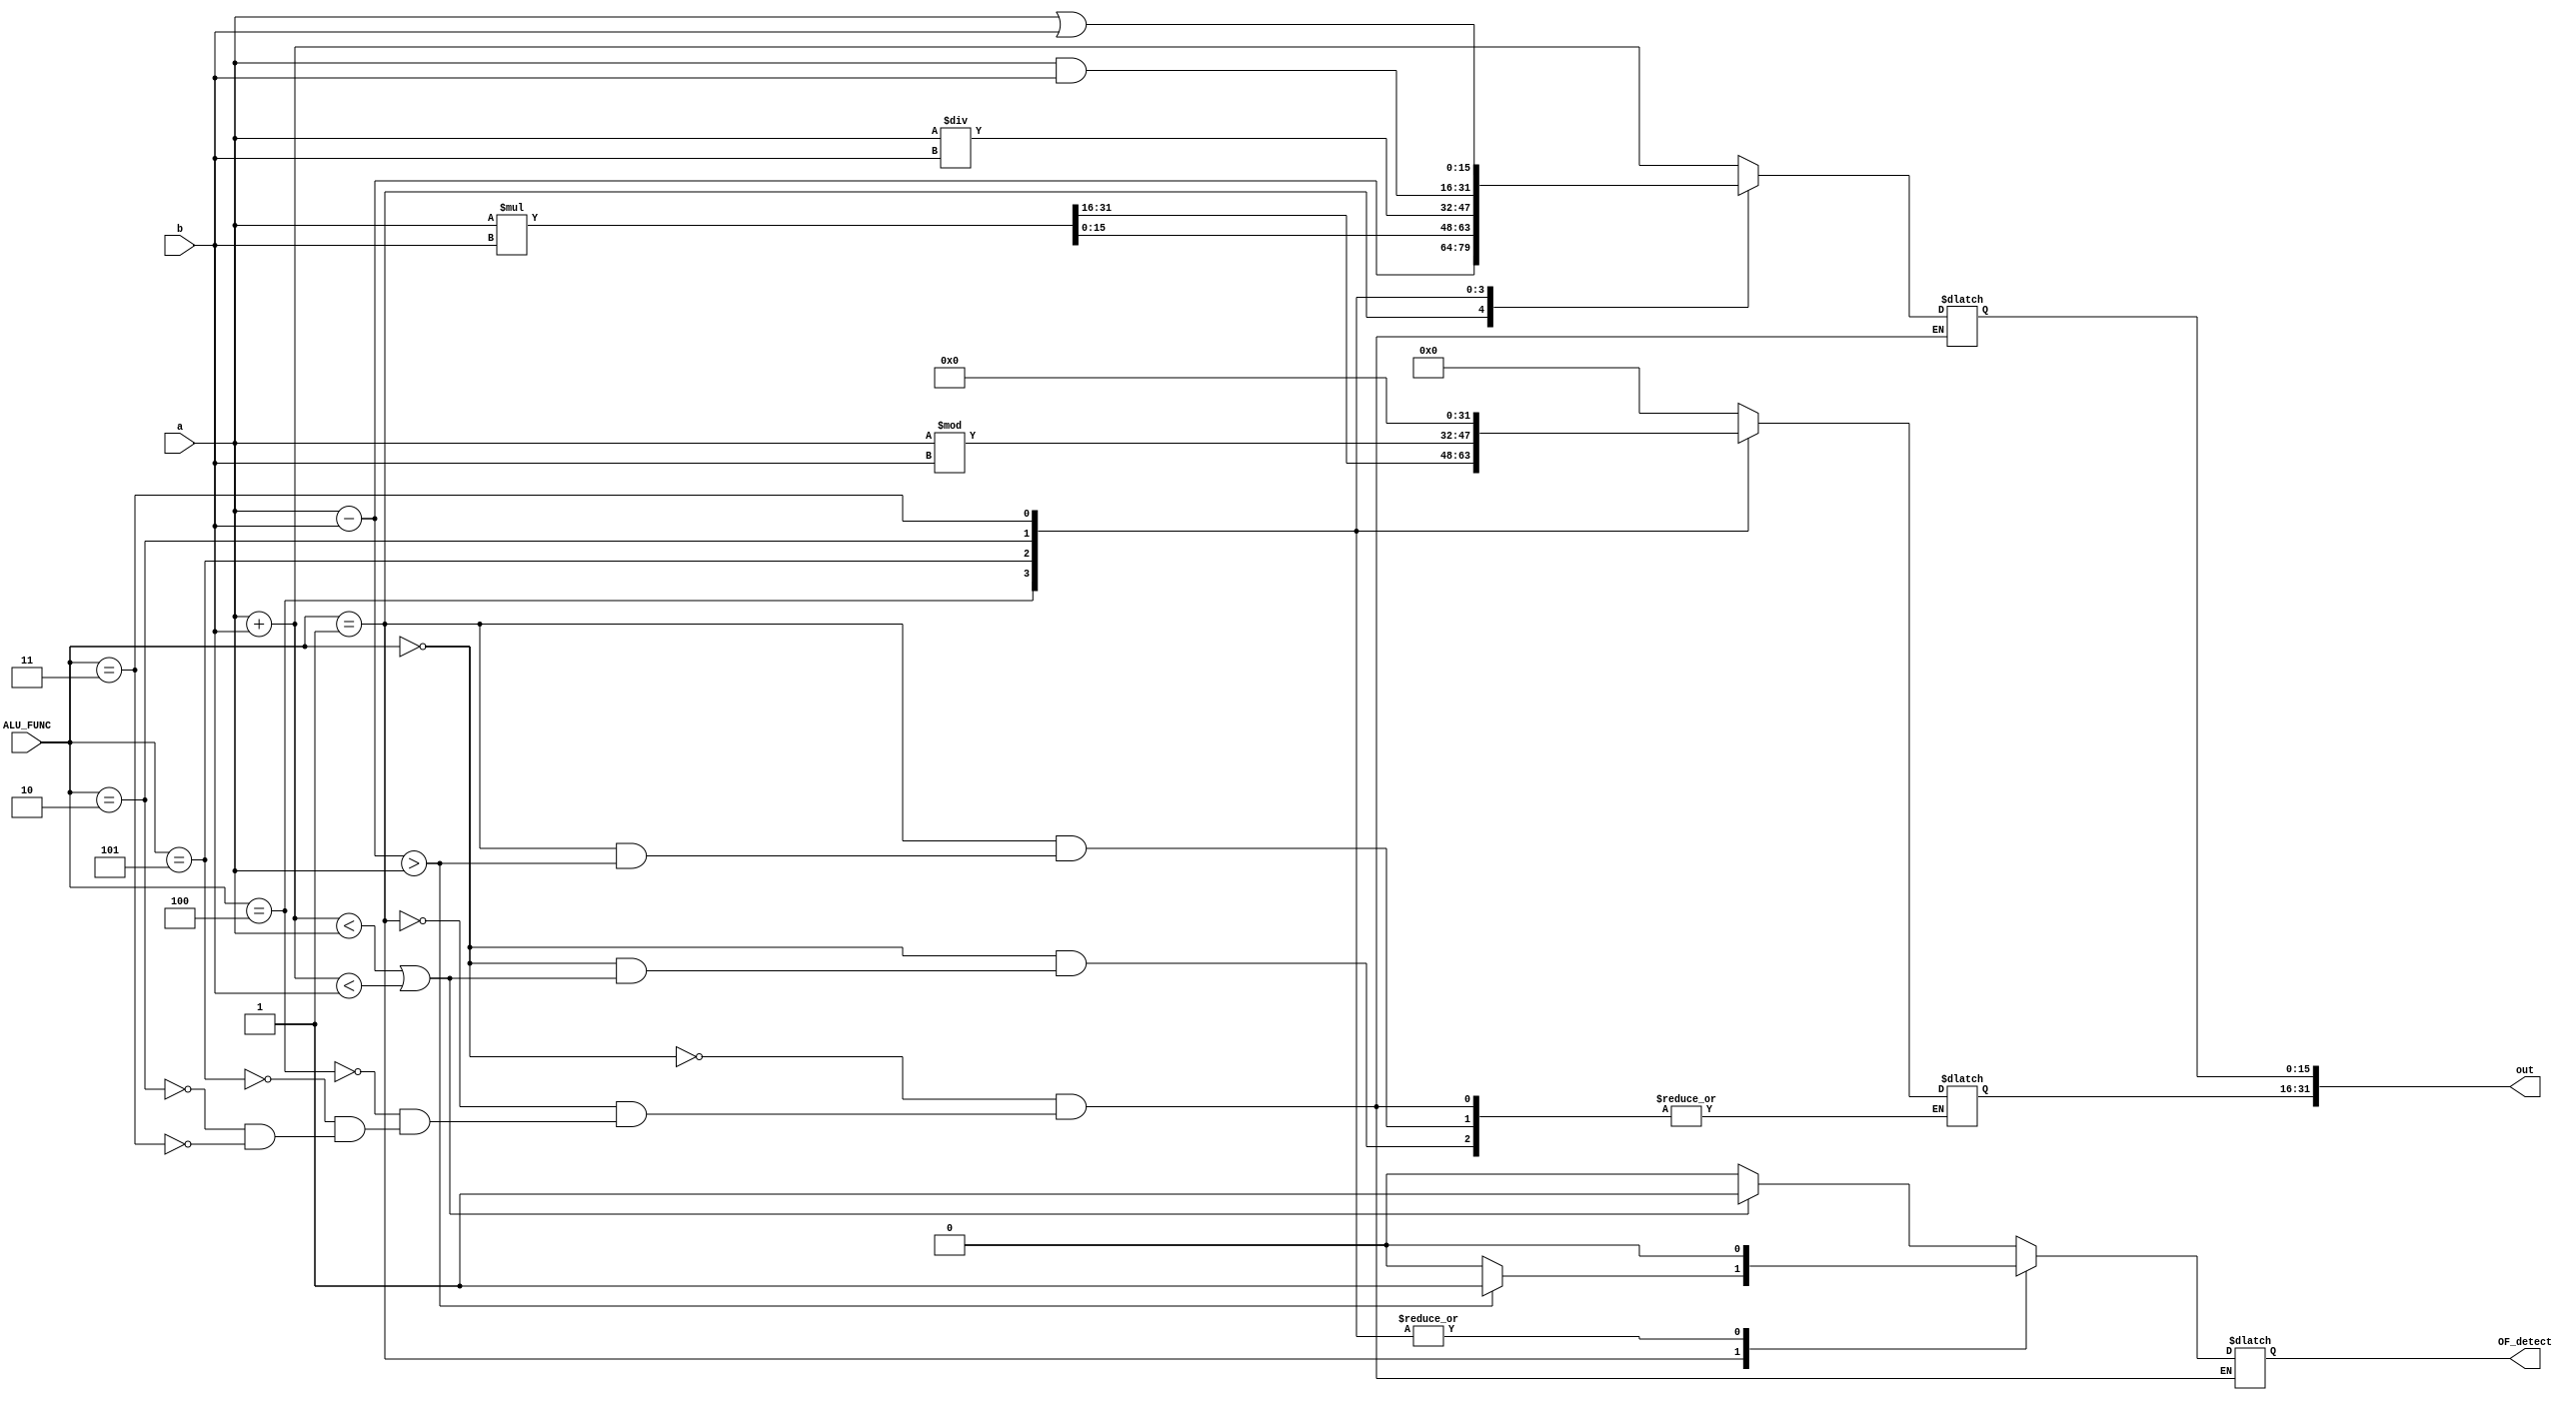
module ALU ( a, b, OF_detect, ALU_FUNC, out );
input [2:0] ALU_FUNC;
input [15:0] a, b;
output reg [31:0] out;
output reg OF_detect;

always@(*)

case (ALU_FUNC)
	3'b000: begin
		out[15:0] = a + b;
		if( ( out[15:0] < a) || (out[15:0] < b) )
			OF_detect = 1;
		else begin
			OF_detect = 0;
			out[31:16] = 16'd0;
		end
		end
	3'b001: begin
		out[15:0] = a - b;
		if( out[15:0] > a )
			OF_detect = 1;
		else begin
			OF_detect = 0;
			out[31:16] = 16'd0;
		end
		end
	3'b100: begin
			out = a * b;
			OF_detect = 0;
		end
	3'b101: begin
			out[15:0] = a / b;
			out[31:16] = a % b;
			OF_detect = 0;
		end
	3'b010: begin
			out = a & b;
			OF_detect = 0;
		end
	3'b011: begin
			out = a | b;
			OF_detect = 0;
		end
endcase

endmodule